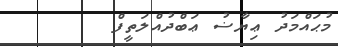
މުޙައްމަދު ޢިޔާޟު ޢަބްދުއްލަތީފް